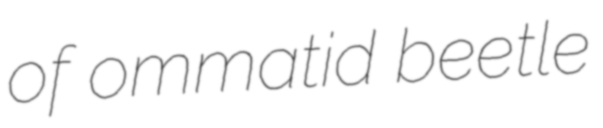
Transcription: of ommatid beetle